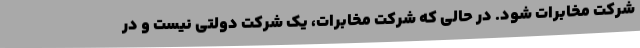
شرکت مخابرات شود. در حالی که شرکت مخابرات، یک شرکت دولتی نیست و در